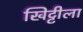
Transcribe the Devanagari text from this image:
खिट्टीला